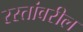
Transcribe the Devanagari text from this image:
रस्तांवरील